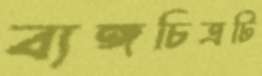
ব্যঙ্গচিত্রটি